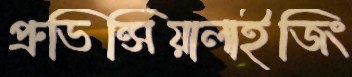
প্রুভিন্সিয়ালাইজিং